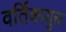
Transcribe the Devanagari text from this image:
वर्तिकायुक्त